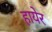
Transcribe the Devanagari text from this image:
हायेर